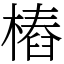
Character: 樁